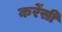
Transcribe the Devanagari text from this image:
कर्रेंसी